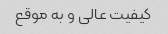
کیفیت عالی و به موقع